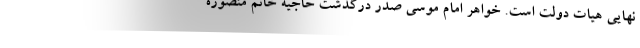
نهایی هیات دولت است. خواهر امام موسی صدر درگذشت حاجیه خانم منصوره